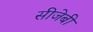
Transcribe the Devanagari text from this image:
सीजेबी